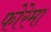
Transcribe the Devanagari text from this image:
फोरेमा